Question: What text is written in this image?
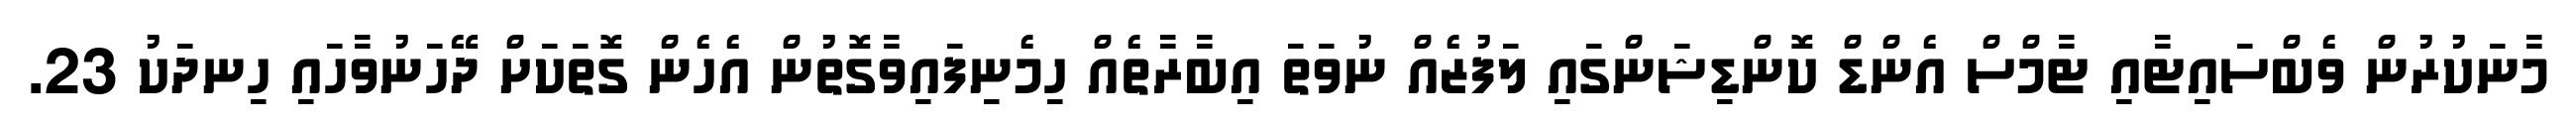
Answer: މާނަކުރުން ވެބްސައިޓާއި ޓާމްސް އެންޑް ކޮންޑިޝަންގައި ލަފުޒެއް ނުވަތަ އިބާރާތެއް ހިމެނިފައިވާގޮތުން އެހެން ގޮތަކަށް ދޭހަނުވާހައި ހިނދަކު 23.